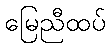
မြေညီထပ်